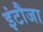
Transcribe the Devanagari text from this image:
इंटौजा